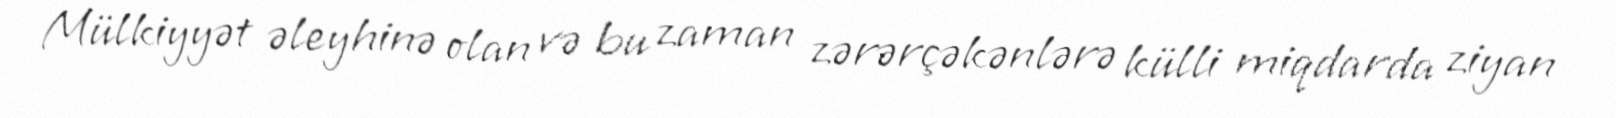
Mülkiyyət əleyhinə olan və bu zaman zərərçəkənlərə külli miqdarda ziyan